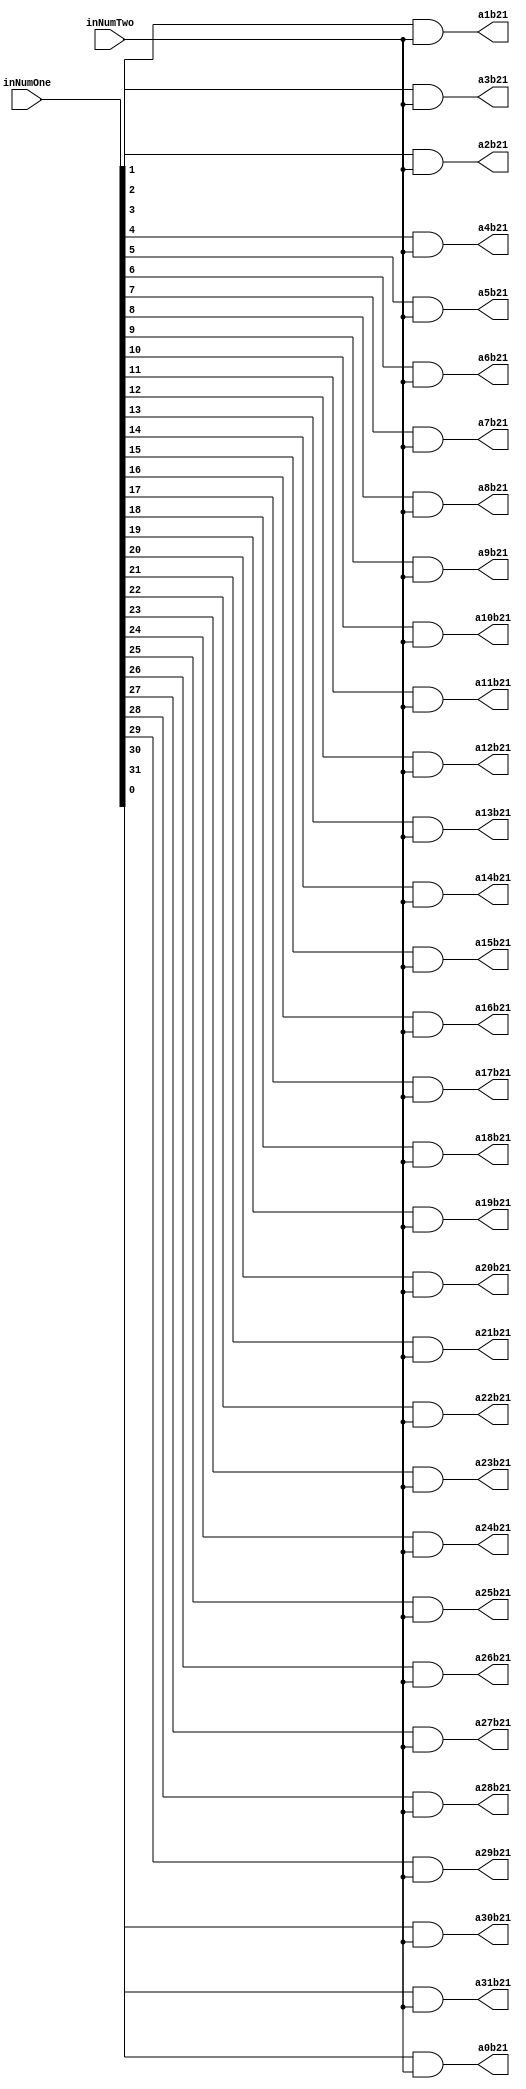
`timescale 1ns / 1ps

module PartialProductRow21(inNumOne,inNumTwo,a0b21,a1b21,a2b21,a3b21,a4b21,a5b21,a6b21,a7b21,a8b21,a9b21,a10b21,a11b21,a12b21,a13b21,a14b21,a15b21,a16b21,a17b21,a18b21,a19b21,a20b21,a21b21,a22b21,a23b21,a24b21,a25b21,a26b21,a27b21,a28b21,a29b21,a30b21,a31b21);
input [31:0] inNumOne;
input inNumTwo;
output reg a0b21,a1b21,a2b21,a3b21,a4b21,a5b21,a6b21,a7b21,a8b21,a9b21,a10b21,a11b21,a12b21,a13b21,a14b21,a15b21,a16b21,a17b21,a18b21,a19b21,a20b21,a21b21,a22b21,a23b21,a24b21,a25b21,a26b21,a27b21,a28b21,a29b21,a30b21,a31b21;

always@(inNumOne,inNumTwo)begin
	a0b21 <= inNumOne[0] & inNumTwo;
	a1b21 <= inNumOne[1] & inNumTwo;
	a2b21 <= inNumOne[2] & inNumTwo;
	a3b21 <= inNumOne[3] & inNumTwo;
	a4b21 <= inNumOne[4] & inNumTwo;
	a5b21 <= inNumOne[5] & inNumTwo;
	a6b21 <= inNumOne[6] & inNumTwo;
	a7b21 <= inNumOne[7] & inNumTwo;
	a8b21 <= inNumOne[8] & inNumTwo;
	a9b21 <= inNumOne[9] & inNumTwo;
	a10b21 <= inNumOne[10] & inNumTwo;
	a11b21 <= inNumOne[11] & inNumTwo;
	a12b21 <= inNumOne[12] & inNumTwo;
	a13b21 <= inNumOne[13] & inNumTwo;
	a14b21 <= inNumOne[14] & inNumTwo;
	a15b21 <= inNumOne[15] & inNumTwo;
	a16b21 <= inNumOne[16] & inNumTwo;
	a17b21 <= inNumOne[17] & inNumTwo;
	a18b21 <= inNumOne[18] & inNumTwo;
	a19b21 <= inNumOne[19] & inNumTwo;
	a20b21 <= inNumOne[20] & inNumTwo;
	a21b21 <= inNumOne[21] & inNumTwo;
	a22b21 <= inNumOne[22] & inNumTwo;
	a23b21 <= inNumOne[23] & inNumTwo;
	a24b21 <= inNumOne[24] & inNumTwo;
	a25b21 <= inNumOne[25] & inNumTwo;
	a26b21 <= inNumOne[26] & inNumTwo;
	a27b21 <= inNumOne[27] & inNumTwo;
	a28b21 <= inNumOne[28] & inNumTwo;
	a29b21 <= inNumOne[29] & inNumTwo;
	a30b21 <= inNumOne[30] & inNumTwo;
	a31b21 <= inNumOne[31] & inNumTwo;
end

endmodule